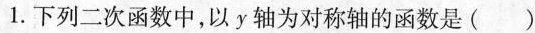
1. 下列二次函数中，以 y 轴为对称轴的函数是( )